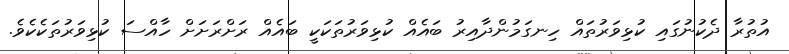
އުތުރާ ދެކުނުގައި ކުޅިވަރުތައް ހިނގަމުންދާއިރު ބައެއް ކުޅިވަރުތަކަކީ ބައެއް ރަށްރަށަށް ހާއްސަ ކުޅިވަރުތަކެކެވެ.